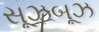
સૂઝબૂઝ